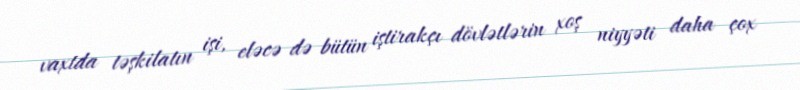
vaxtda təşkilatın işi, eləcə də bütün iştirakçı dövlətlərin xoş niyyəti daha çox